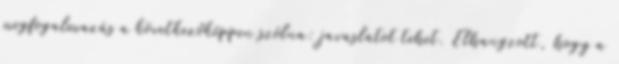
megfogalmazás a következőképpen szólna: javaslatot tehet. Elhangzott, hogy a